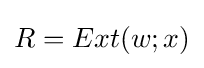
R=Ext(w;x)